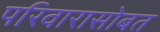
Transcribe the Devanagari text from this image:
परिवारासोबत